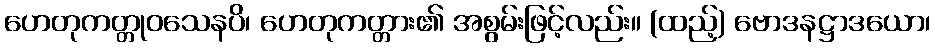
ဟေတုကတ္တုဝသေနပိ၊ ဟေတုကတ္တား၏ အစွမ်းဖြင့်လည်း။ (ထည့်) ဗောဒနဋ္ဌာဒယော၊